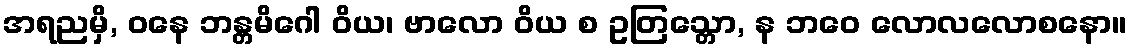
အရညမှိ, ဝနေ ဘန္တမိဂေါ ဝိယ၊ ဗာလော ဝိယ စ ဥတြသ္တော, န ဘဝေ လောလလောစနော။